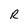
Character: R